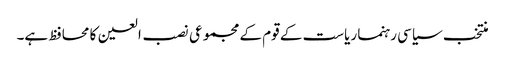
منتخب سیاسی رہنما ریاست کے قوم کے مجموعی نصب العین کا محافظ ہے۔